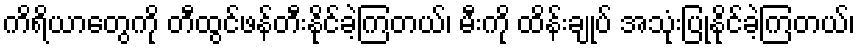
ကိရိယာတွေကို တီထွင်ဖန်တီးနိုင်ခဲ့ကြတယ်၊ မီးကို ထိန်းချုပ် အသုံးပြုနိုင်ခဲ့ကြတယ်၊